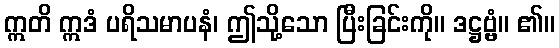
ဣတိ ဣဒံ ပရိသမာပနံ၊ ဤသို့သော ပြီးခြင်းကို။ ဒဋ္ဌဗ္ဗံ။ ၏။